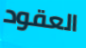
العقود